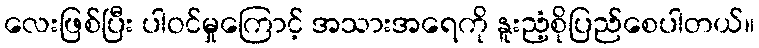
လေးဖြစ်ပြီး ပါဝင်မှုကြောင့် အသားအရေကို နူးညံ့စိုပြည်စေပါတယ်။